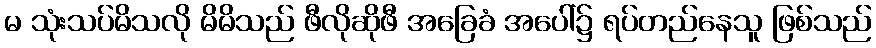
မ သုံးသပ်မိသလို မိမိသည် ဖီလိုဆိုဖီ အခြေခံ အပေါ်၌ ရပ်တည်နေသူ ဖြစ်သည်